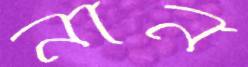
নান